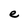
Character: e